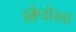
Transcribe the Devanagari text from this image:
इक्वेडोरचा